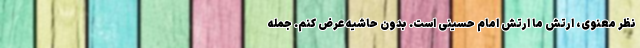
نظر معنوی، ارتش ما ارتش امام حسینی است. بدون حاشیه عرض کنم. جمله